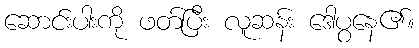
ဆောင်းပါးကို ဖတ်ပြီး လူဆန်း ဒေါပွနေ၏။